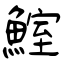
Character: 鰘